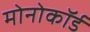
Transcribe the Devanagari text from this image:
मोनोकॉर्ड